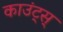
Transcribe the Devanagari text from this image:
काउंट्स्